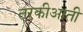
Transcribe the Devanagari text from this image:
तरकीआती